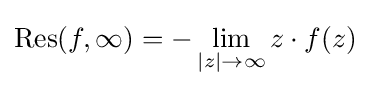
\operatorname {Res} (f,\infty )=-\lim _{|z|\to \infty }z\cdot f(z)